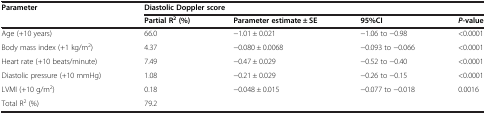
<table><thead><tr><td><b>Parameter</b></td><td colspan="4"><b>Diastolic Doppler score</b></td></tr><tr><td></td><td><b>Partial R<sup>2</sup>(%)</b></td><td><b>Parameter estimate ± SE</b></td><td><b>95%CI</b></td><td><b><i>P</i>-value</b></td></tr></thead><tbody><tr><td>Age (+10 years)</td><td>66.0</td><td>−1.01 ± 0.021</td><td>−1.06 to −0.98</td><td>&lt;0.0001</td></tr><tr><td>Body mass index (+1 kg/m<sup>2</sup>)</td><td>4.37</td><td>−0.080 ± 0.0068</td><td>−0.093 to −0.066</td><td>&lt;0.0001</td></tr><tr><td>Heart rate (+10 beats/minute)</td><td>7.49</td><td>−0.47 ± 0.029</td><td>−0.52 to −0.40</td><td>&lt;0.0001</td></tr><tr><td>Diastolic pressure (+10 mmHg)</td><td>1.08</td><td>−0.21 ± 0.029</td><td>−0.26 to −0.15</td><td>&lt;0.0001</td></tr><tr><td>LVMI (+10 g/m<sup>2</sup>)</td><td>0.18</td><td>−0.048 ± 0.015</td><td>−0.077 to −0.018</td><td>0.0016</td></tr><tr><td>Total R<sup>2</sup> (%)</td><td>79.2</td><td></td><td></td><td></td></tr></tbody></table>